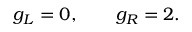
g _ { L } = 0 , \ \ \ \ \ \ g _ { R } = 2 .